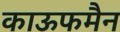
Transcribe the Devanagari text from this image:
काऊफमैन